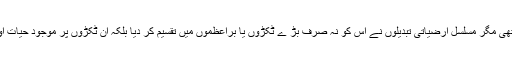
ایک وقت تھا جب پورے کرہ ارض پر خشکی ایک براعظم کی مانند تھی مگر مسلسل ارضیاتی تبدیلوں نے اس کو نہ صرف بڑ ے ٹکڑوں یا براعظموں میں تقسیم کر دیا بلکہ ان ٹکڑوں پر موجود حیات اور اس پر اثر انداز ہونے والی آب وہوا اور موسمی تبدیلیوں کو جنم دیا۔